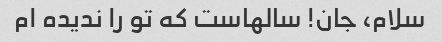
سلام، جان! سالهاست که تو را ندیده ام